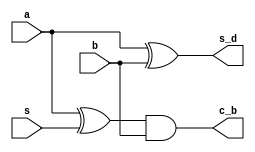
module sri_add_sub (a, b, s ,s_d, c_b);

input a, b,s;

output s_d, c_b;

wire x;

xor u1(s_d,a, b);

xor u3(x,a, s);

and u2(c_b,x, b);

endmodule